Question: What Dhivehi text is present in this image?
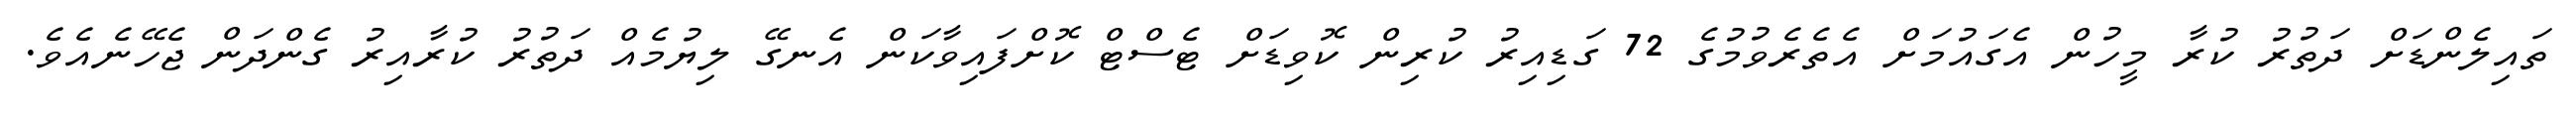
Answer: ތައިލެންޑަށް ދަތުރު ކުރާ މީހުން އެގައުމަށް އެތެރެވުމުގެ 72 ގަޑިއިރު ކުރިން ކޮވިޑަށް ޓެސްޓް ކޮށްފައިވާކަން އެނގޭ ލިޔުމެއް ދަތުރު ކުރާއިރު ގެންދަން ޖެހޭނެއެވެ.